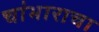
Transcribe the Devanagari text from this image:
चांभाराचा